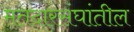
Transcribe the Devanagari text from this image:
मतदारसंघांतील